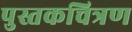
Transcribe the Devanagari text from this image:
पुस्तकचित्रण